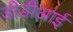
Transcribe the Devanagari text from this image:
डीडीआई